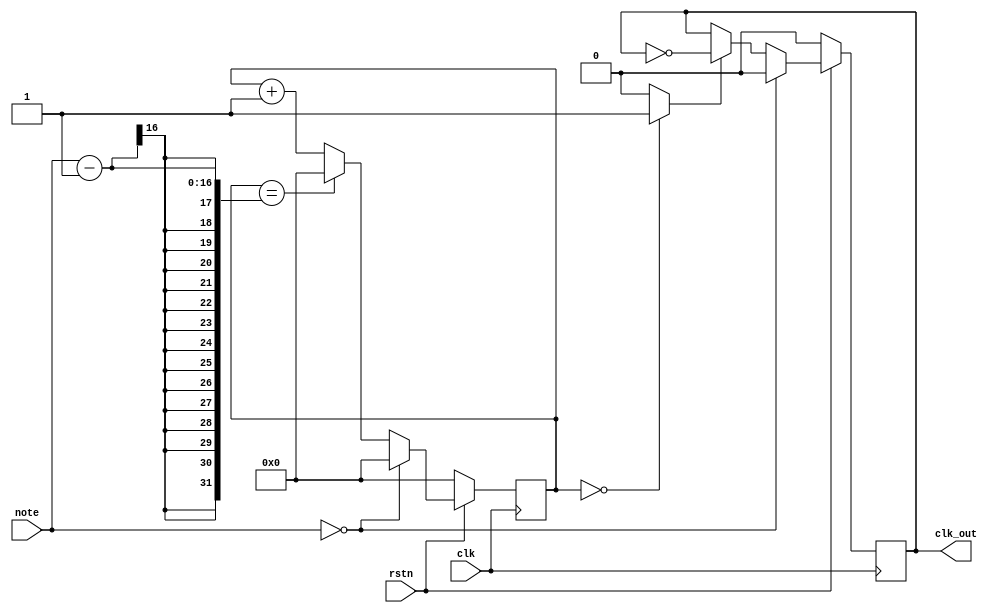
module notegen(input wire clk,          
               input wire rstn,         
               input wire [15:0] note,  
               output reg clk_out);     
wire clk_tmp;
reg [15:0] divcounter = 0;
always @(posedge clk)
  if (rstn == 0)
    divcounter <= 0;      
  else if (note == 0)
    divcounter <= 0;
  else if (divcounter == note - 1)
    divcounter <= 0;
  else
    divcounter <= divcounter + 1;
assign clk_tmp = (divcounter == 0) ? 1 : 0;
always @(posedge clk)
  if (rstn == 0)
    clk_out <= 0;
  else if (note == 0)
    clk_out <= 0;
  else if (clk_tmp == 1)
    clk_out <= ~clk_out;
endmodule